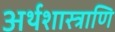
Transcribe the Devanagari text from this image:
अर्थशास्त्राणि